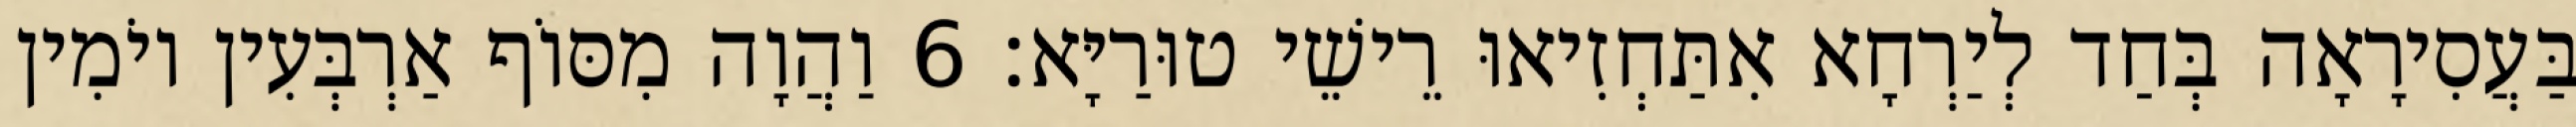
בַּעֲסִירָאָה בְּחַד לְיַרְחָא אִתַּחְזִיאוּ רֵישֵׁי טוּרַיָּא׃ 6 וַהֲוָה מִסּוֹף אַרְבְּעִין יוֹמִין